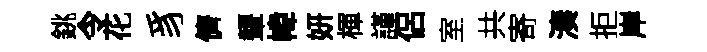
銚令花豸儕顰幃妍楎謹侶室共寄湊拒岸